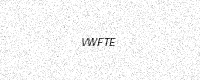
Text: VWFTE